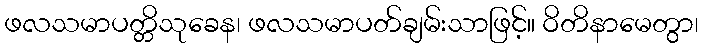
ဖလသမာပတ္တိသုခေန၊ ဖလသမာပတ်ချမ်းသာဖြင့်။ ဝိတိနာမေတွာ၊